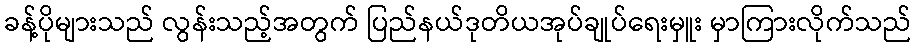
ခန့်ပိုများသည် လွန်းသည့်အတွက် ပြည်နယ်ဒုတိယအုပ်ချုပ်ရေးမှူး မှာကြားလိုက်သည်